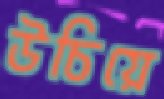
উচিয়ে